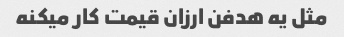
مثل یه هدفن ارزان قیمت کار میکنه